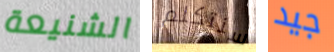
الشنيعة سنتكلم جيد